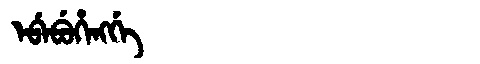
Manchu: ᡝᠪᡝᠪᡠᡥᡝᠩᡤᡝ
Romanization: EBEBUHENGGE